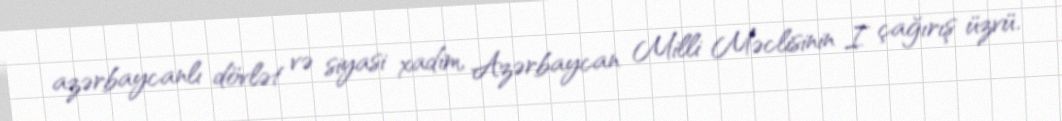
azərbaycanlı dövlət və siyasi xadim, Azərbaycan Milli Məclisinin I çağırış üzvü.